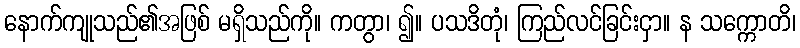
နောက်ကျုသည်၏အဖြစ် မရှိသည်ကို။ ကတွာ၊ ၍။ ပသဒိတုံ၊ ကြည်လင်ခြင်းငှာ။ န သက္ကောတိ၊